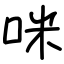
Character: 咪